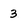
Character: 3